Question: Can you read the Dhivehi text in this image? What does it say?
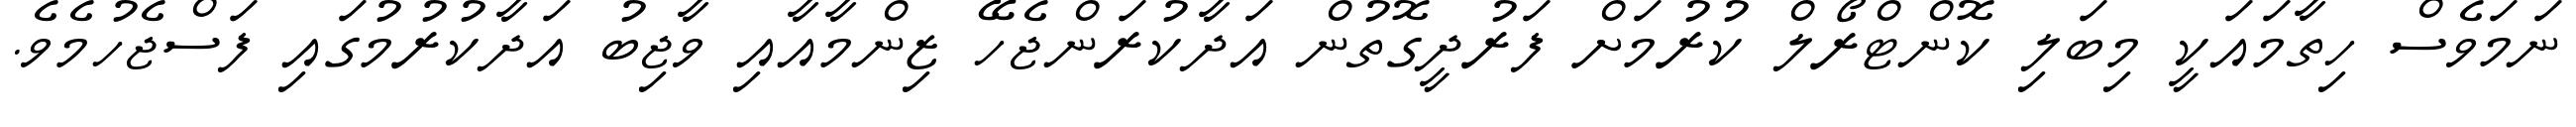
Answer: ނަމަވެސް ހިތާމައަކީ މިބަލި ކޮންޓްރޯލް ކުރުމަށް ފަރުދީގޮތުން އަދާކުރަންޖެހޭ ޒިންމާއާއި ވާޖިބު އަދާކުރުމުގައި ފަސްޖެހުމެވެ.